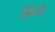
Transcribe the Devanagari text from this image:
ढिंडोर